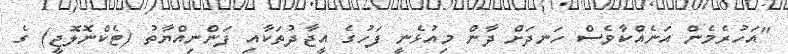
"އަހުރެމެން އަނެއްކާވެސް ހަނދަށް ދާން މިއުޅެނީ ފަހުގެ އީޖާދުތަކާއި ފަންނިއްޔާތު (ޓެކްނޮލޮޖީ) ގެ